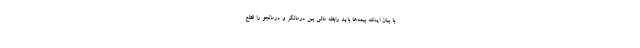
با بیان اینکه بیمه‌ها باید رابطه مالی بین درمانگر و درمانجو را قطع